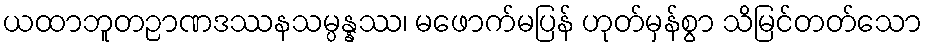
ယထာဘူတဉာဏဒဿနသမ္ပန္နဿ၊ မဖောက်မပြန် ဟုတ်မှန်စွာ သိမြင်တတ်သော